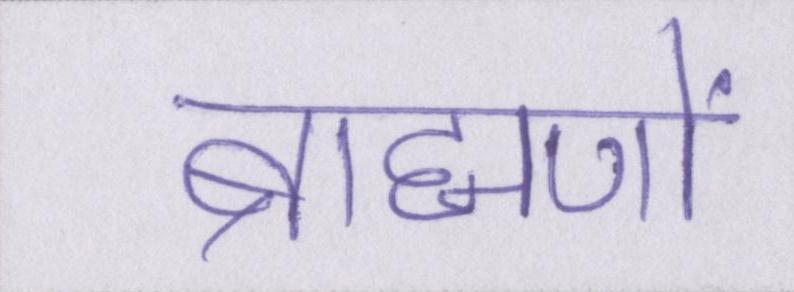
ब्राह्मणों